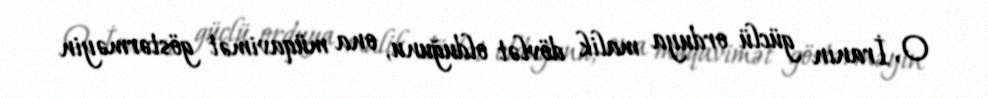
O, İranın güclü orduya malik dövlət olduğunu, ona müqavimət göstərməyin